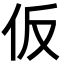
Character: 仮